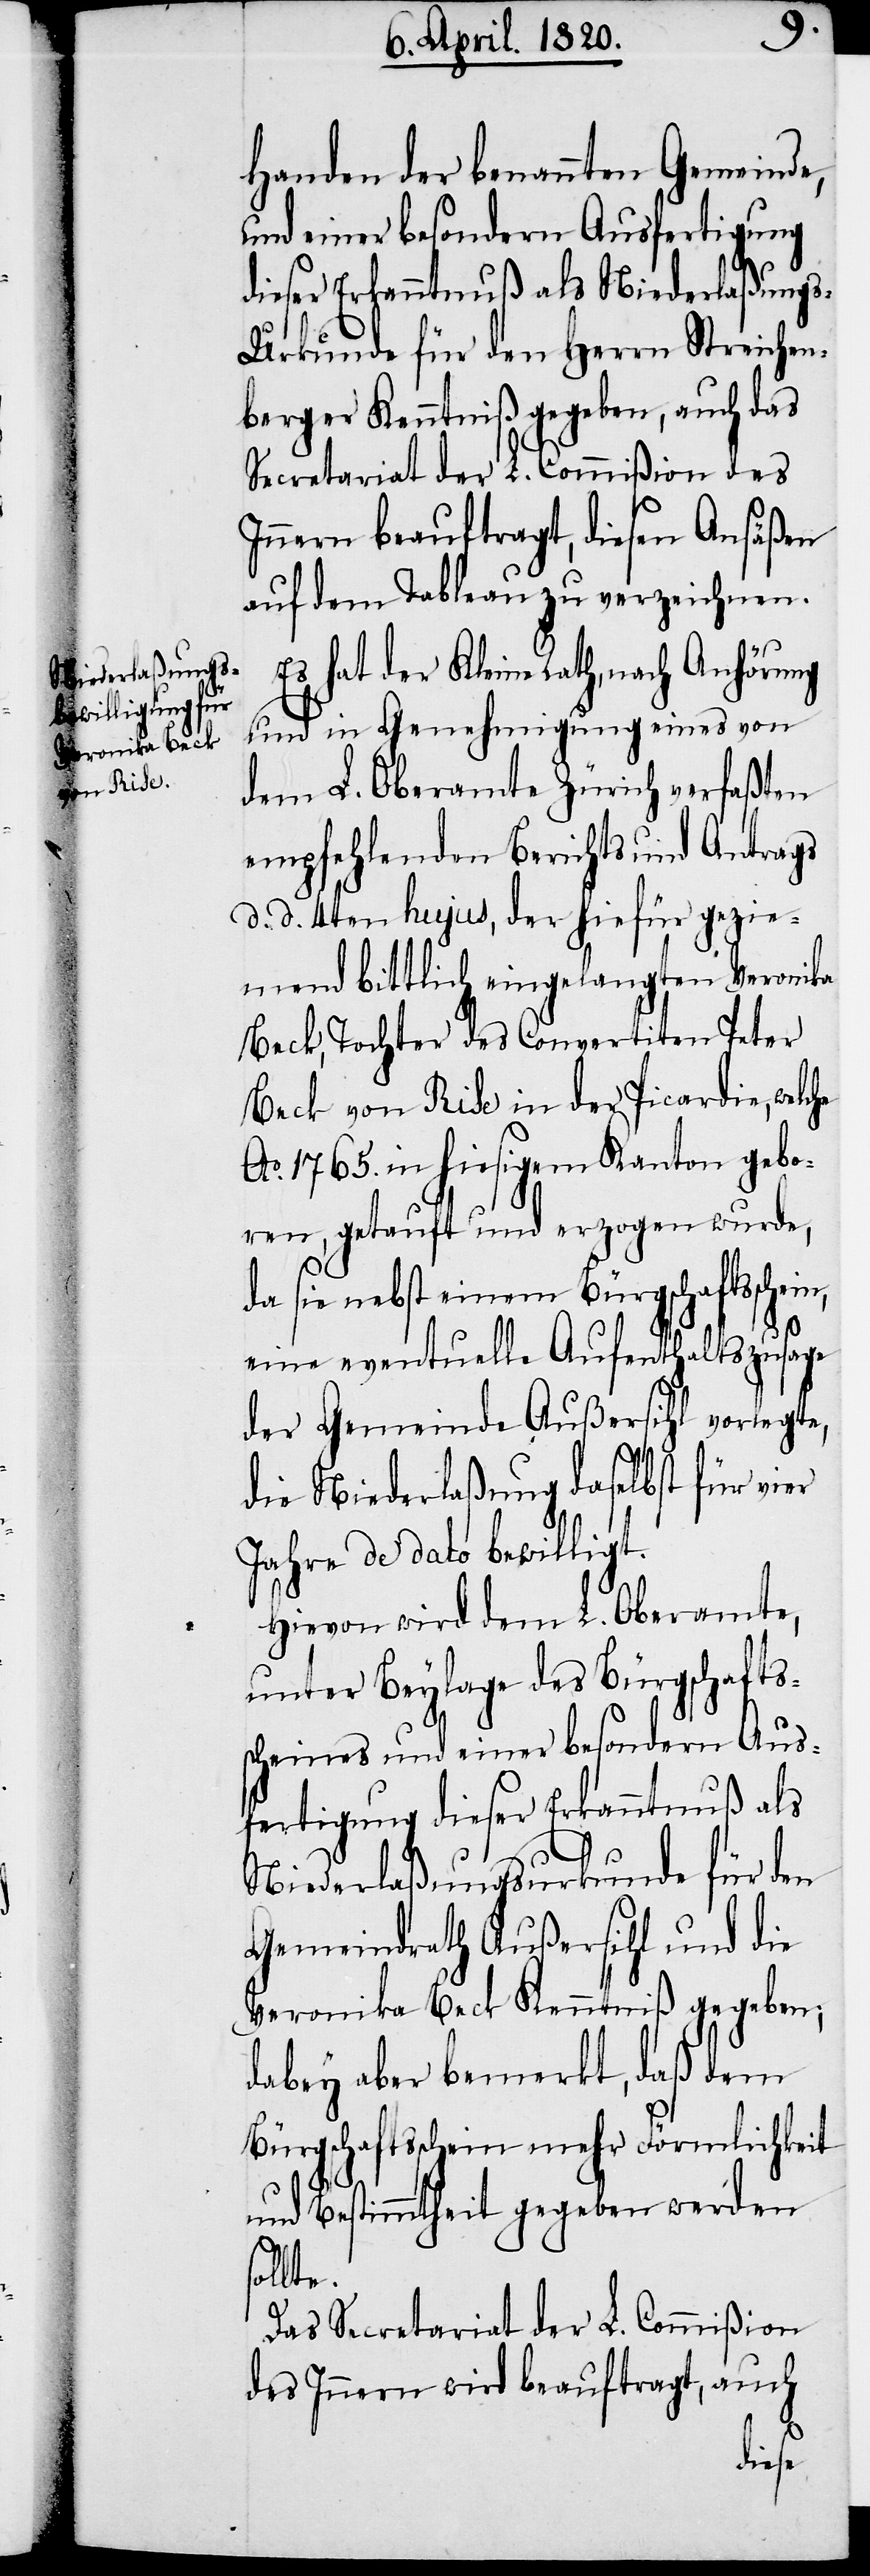
s¬
Handen der benannten Gemeinde,
und einer besondern Ausfertigung
dieser Erkenntnuß als Niederlassung¬
s-Urkunde für den Herrn Streichen¬
berger Kenntniß gegeben, auch das
Secretariat der L. Commißion des
Innern beauftragt, diesen Ansäßen
auf dem Tableau zu verzeichnen.
Es hat der Kleine Rath, nach Anhörung
und Genehmigung eines von
dem L. Oberamte Zürich verfaßten
empfehlenden Berichts und Antrags
d. d. 4ten hujus, der hiefür gezie¬
mend bittlich eingelangten Veronika
Beck, Tochter des Convertiten Peter
Beck von Ridu in der Picardie, welche
Ao. 1765. in hiesigem Kanton gebo¬
ren, getauft und erzogen wurde,
da sie nebst einem Bürgschaftsschei¬
eine eventuelle Aufenthaltszusage
der Gemeinde Außersihl vorlegte,
die Niederlaßung daselbst für vier
Jahre de dato bewilligt.
Hiervon wird dem L. Oberamte,
unter Beylage des Bürgschafts¬
scheines und einer besondern Aus¬
fertigung dieser Erkenntnuß als
Niederlassungs-Urkunde für den
Gemeindrath Außersihl und die
Veronika Beck Kenntniß gegeben;
dabey aber bemerkt, daß dem
Bürgschaftsschein mehr Förmlichkeit
und Bestimmtheit gegeben werden
ollte.
Das Secretariat der L. Commißion
des Innern wird beauftragt, auch